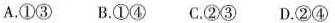
A.①③ B.①④ C.②③ D.②④